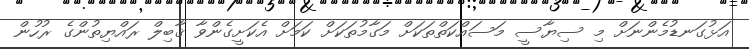
އަޅުގަނޑުމެންނަށް މި ސިޔާސީ މަސައްކަތްތަކަށް މަގާމުތަކަށް ކަމަށް އެކަށީގެންވާ ޤާބިލް ރައްޔިތުންގެ ރުހުން